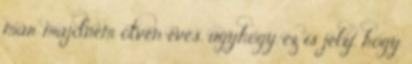
már majdnem ötven éves, úgyhogy ez is jelzi, hogy